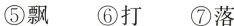
⑤飘 ⑥打 ⑦落